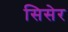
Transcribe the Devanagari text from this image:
सिसेर